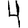
Digit: 4